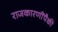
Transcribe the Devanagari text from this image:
राजकारणींपैकी